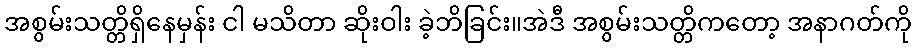
အစွမ်းသတ္တိရှိနေမှန်း ငါ မသိတာ ဆိုးဝါး ခဲ့ဘိခြင်း။အဲဒီ အစွမ်းသတ္တိကတော့ အနာဂတ်ကို